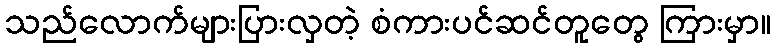
သည်လောက်များပြားလှတဲ့ စံကားပင်ဆင်တူတွေ ကြားမှာ။